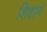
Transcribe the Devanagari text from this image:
शिशाने